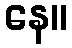
နေ။